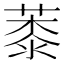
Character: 𦸓